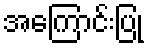
အကြောင်းပြု